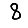
Digit: 8